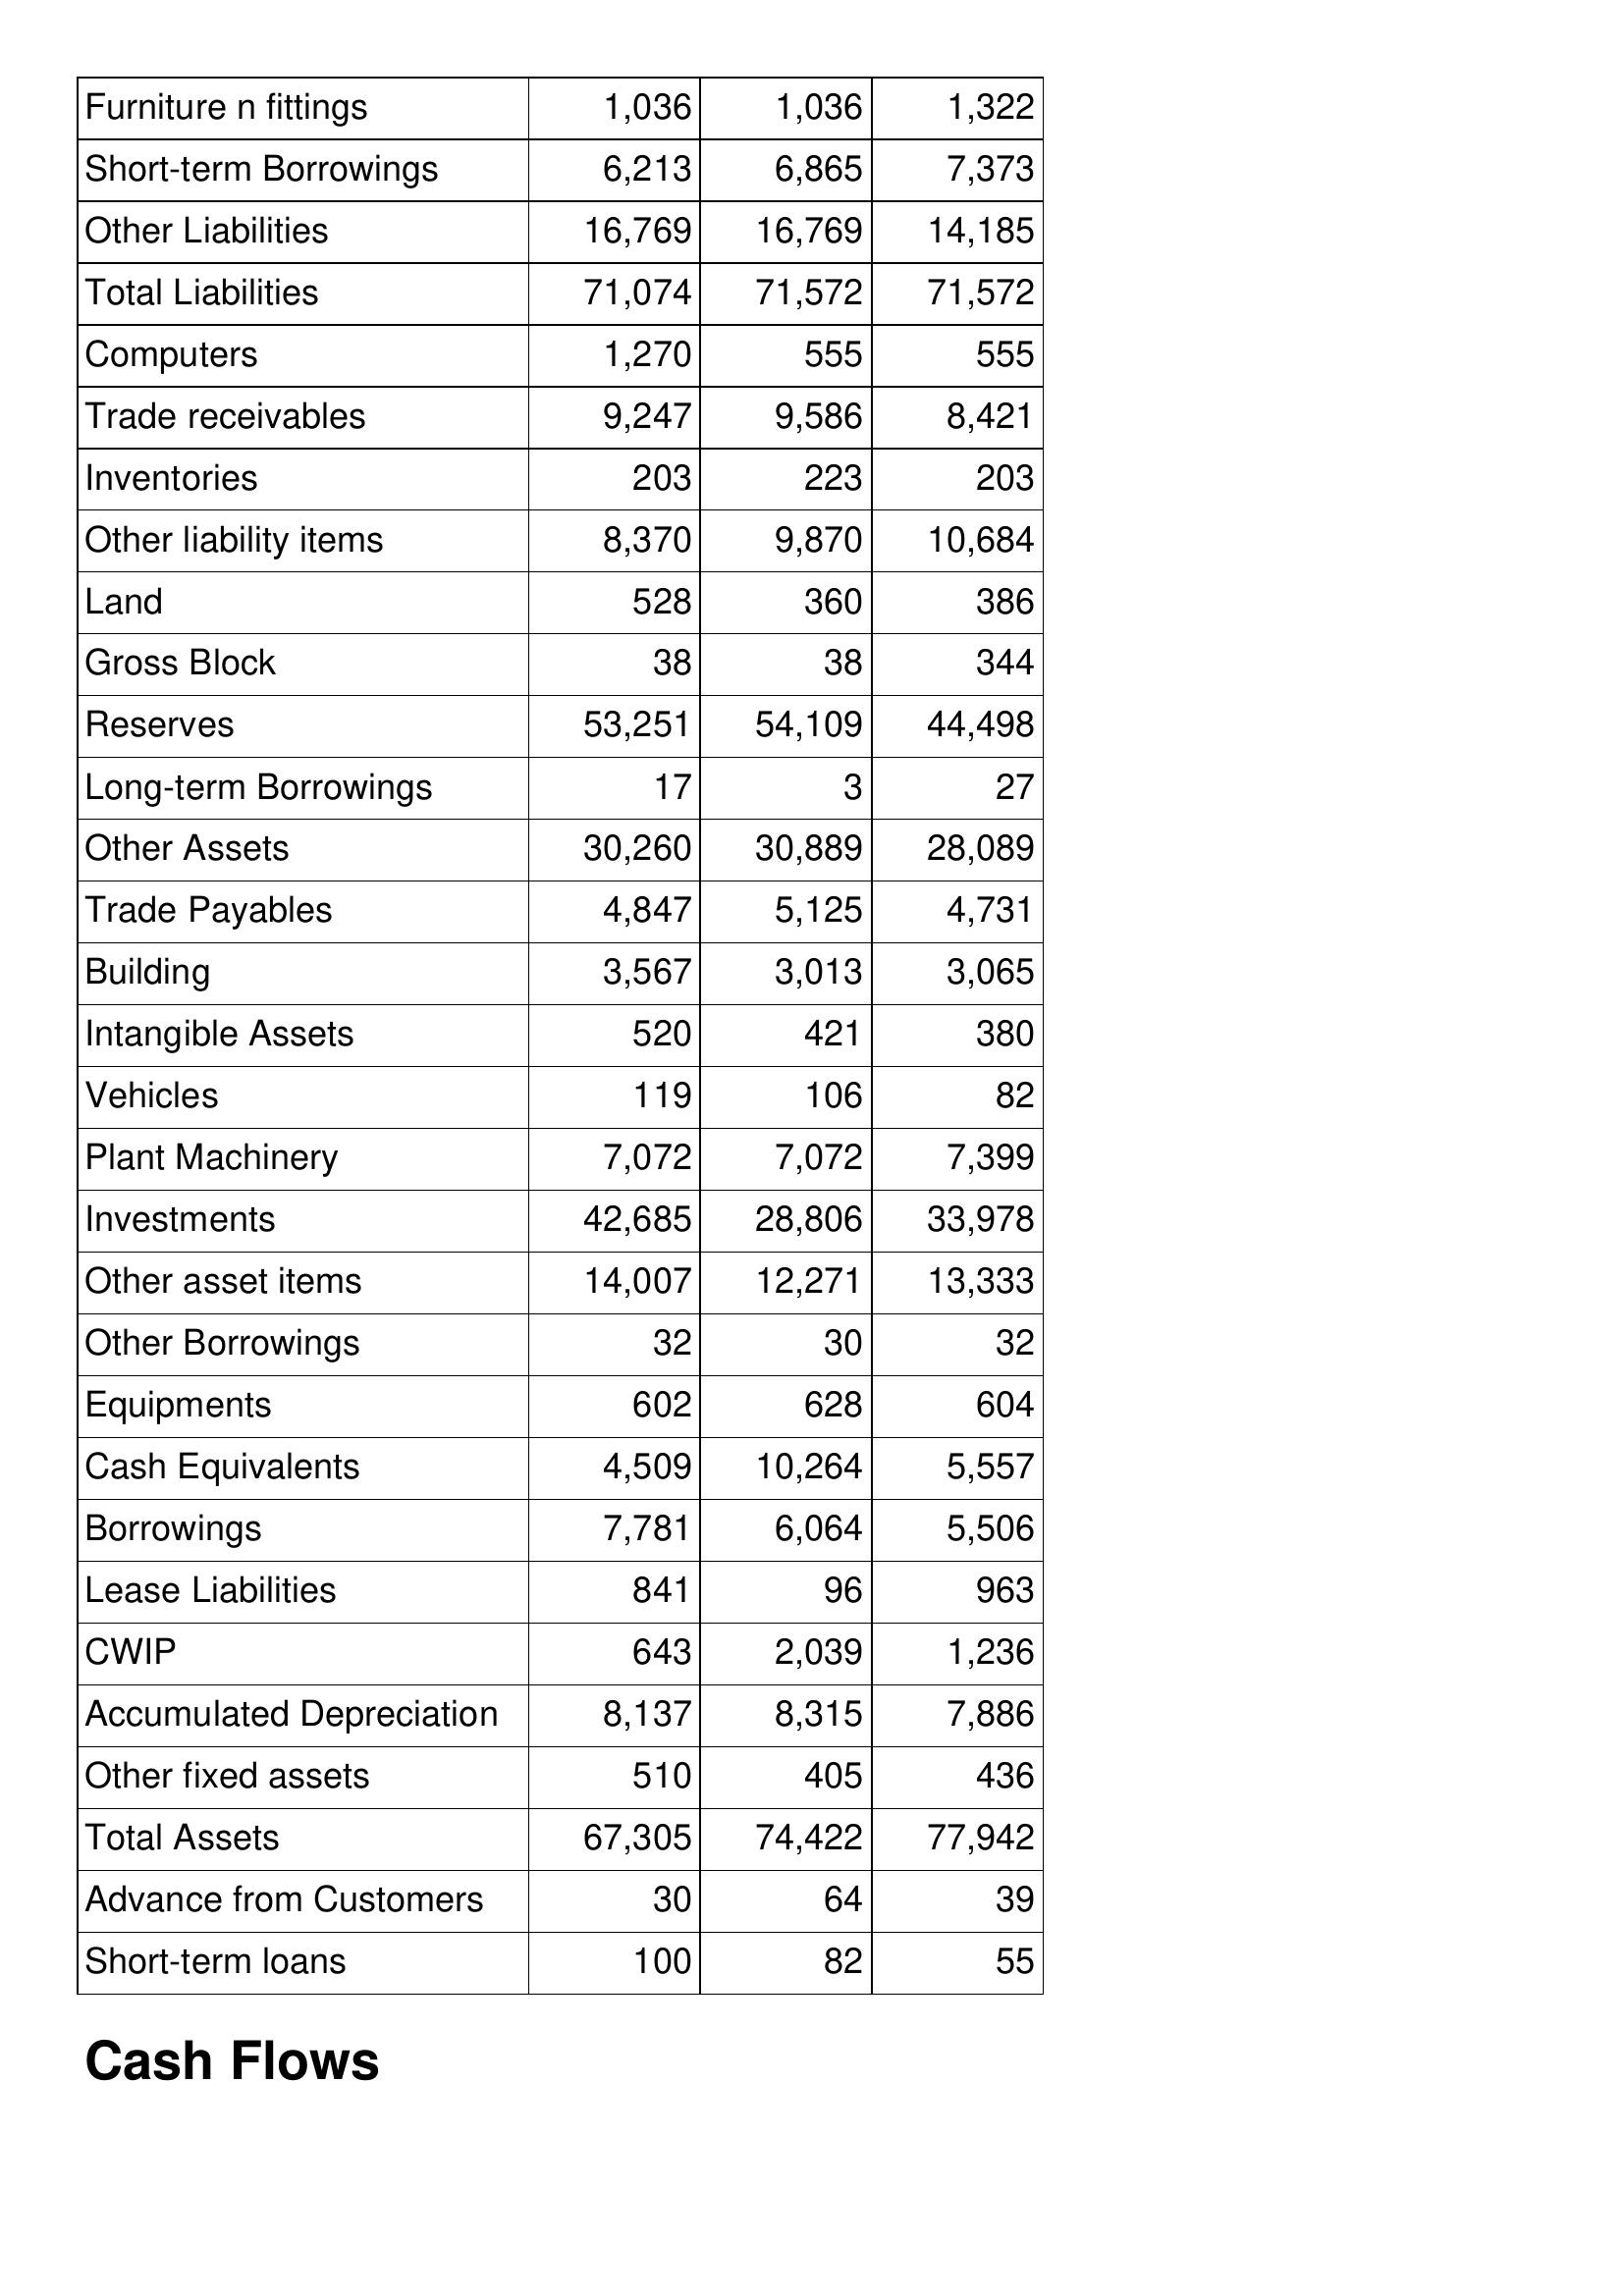
Apr-14: Balance Sheet: Furniture n fittings: 1,036
Short-term Borrowings: 6,213
Other Liabilities: 16,769
Total Liabilities: 71,074
Computers: 1,270
Trade receivables: 9,247
Inventories: 203
Other liability items: 8,370
Land: 528
Gross Block: 38
Reserves: 53,251
Long-term Borrowings: 17
Other Assets: 30,260
Trade Payables: 4,847
Building: 3,567
Intangible Assets: 520
Vehicles: 119
Plant Machinery: 7,072
Investments: 42,685
Other asset items: 14,007
Other Borrowings: 32
Equipments: 602
Cash Equivalents: 4,509
Borrowings: 7,781
Lease Liabilities: 841
CWIP: 643
Accumulated Depreciation: 8,137
Other fixed assets: 510
Total Assets: 67,305
Advance from Customers: 30
Short-term loans: 100
Apr-13: Balance Sheet: Furniture n fittings: 1,036
Short-term Borrowings: 6,865
Other Liabilities: 16,769
Total Liabilities: 71,572
Computers: 555
Trade receivables: 9,586
Inventories: 223
Other liability items: 9,870
Land: 360
Gross Block: 38
Reserves: 54,109
Long-term Borrowings: 3
Other Assets: 30,889
Trade Payables: 5,125
Building: 3,013
Intangible Assets: 421
Vehicles: 106
Plant Machinery: 7,072
Investments: 28,806
Other asset items: 12,271
Other Borrowings: 30
Equipments: 628
Cash Equivalents: 10,264
Borrowings: 6,064
Lease Liabilities: 96
CWIP: 2,039
Accumulated Depreciation: 8,315
Other fixed assets: 405
Total Assets: 74,422
Advance from Customers: 64
Short-term loans: 82
Apr-12: Balance Sheet: Furniture n fittings: 1,322
Short-term Borrowings: 7,373
Other Liabilities: 14,185
Total Liabilities: 71,572
Computers: 555
Trade receivables: 8,421
Inventories: 203
Other liability items: 10,684
Land: 386
Gross Block: 344
Reserves: 44,498
Long-term Borrowings: 27
Other Assets: 28,089
Trade Payables: 4,731
Building: 3,065
Intangible Assets: 380
Vehicles: 82
Plant Machinery: 7,399
Investments: 33,978
Other asset items: 13,333
Other Borrowings: 32
Equipments: 604
Cash Equivalents: 5,557
Borrowings: 5,506
Lease Liabilities: 963
CWIP: 1,236
Accumulated Depreciation: 7,886
Other fixed assets: 436
Total Assets: 77,942
Advance from Customers: 39
Short-term loans: 55